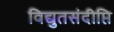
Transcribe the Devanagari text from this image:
विद्युतसंदीप्ति